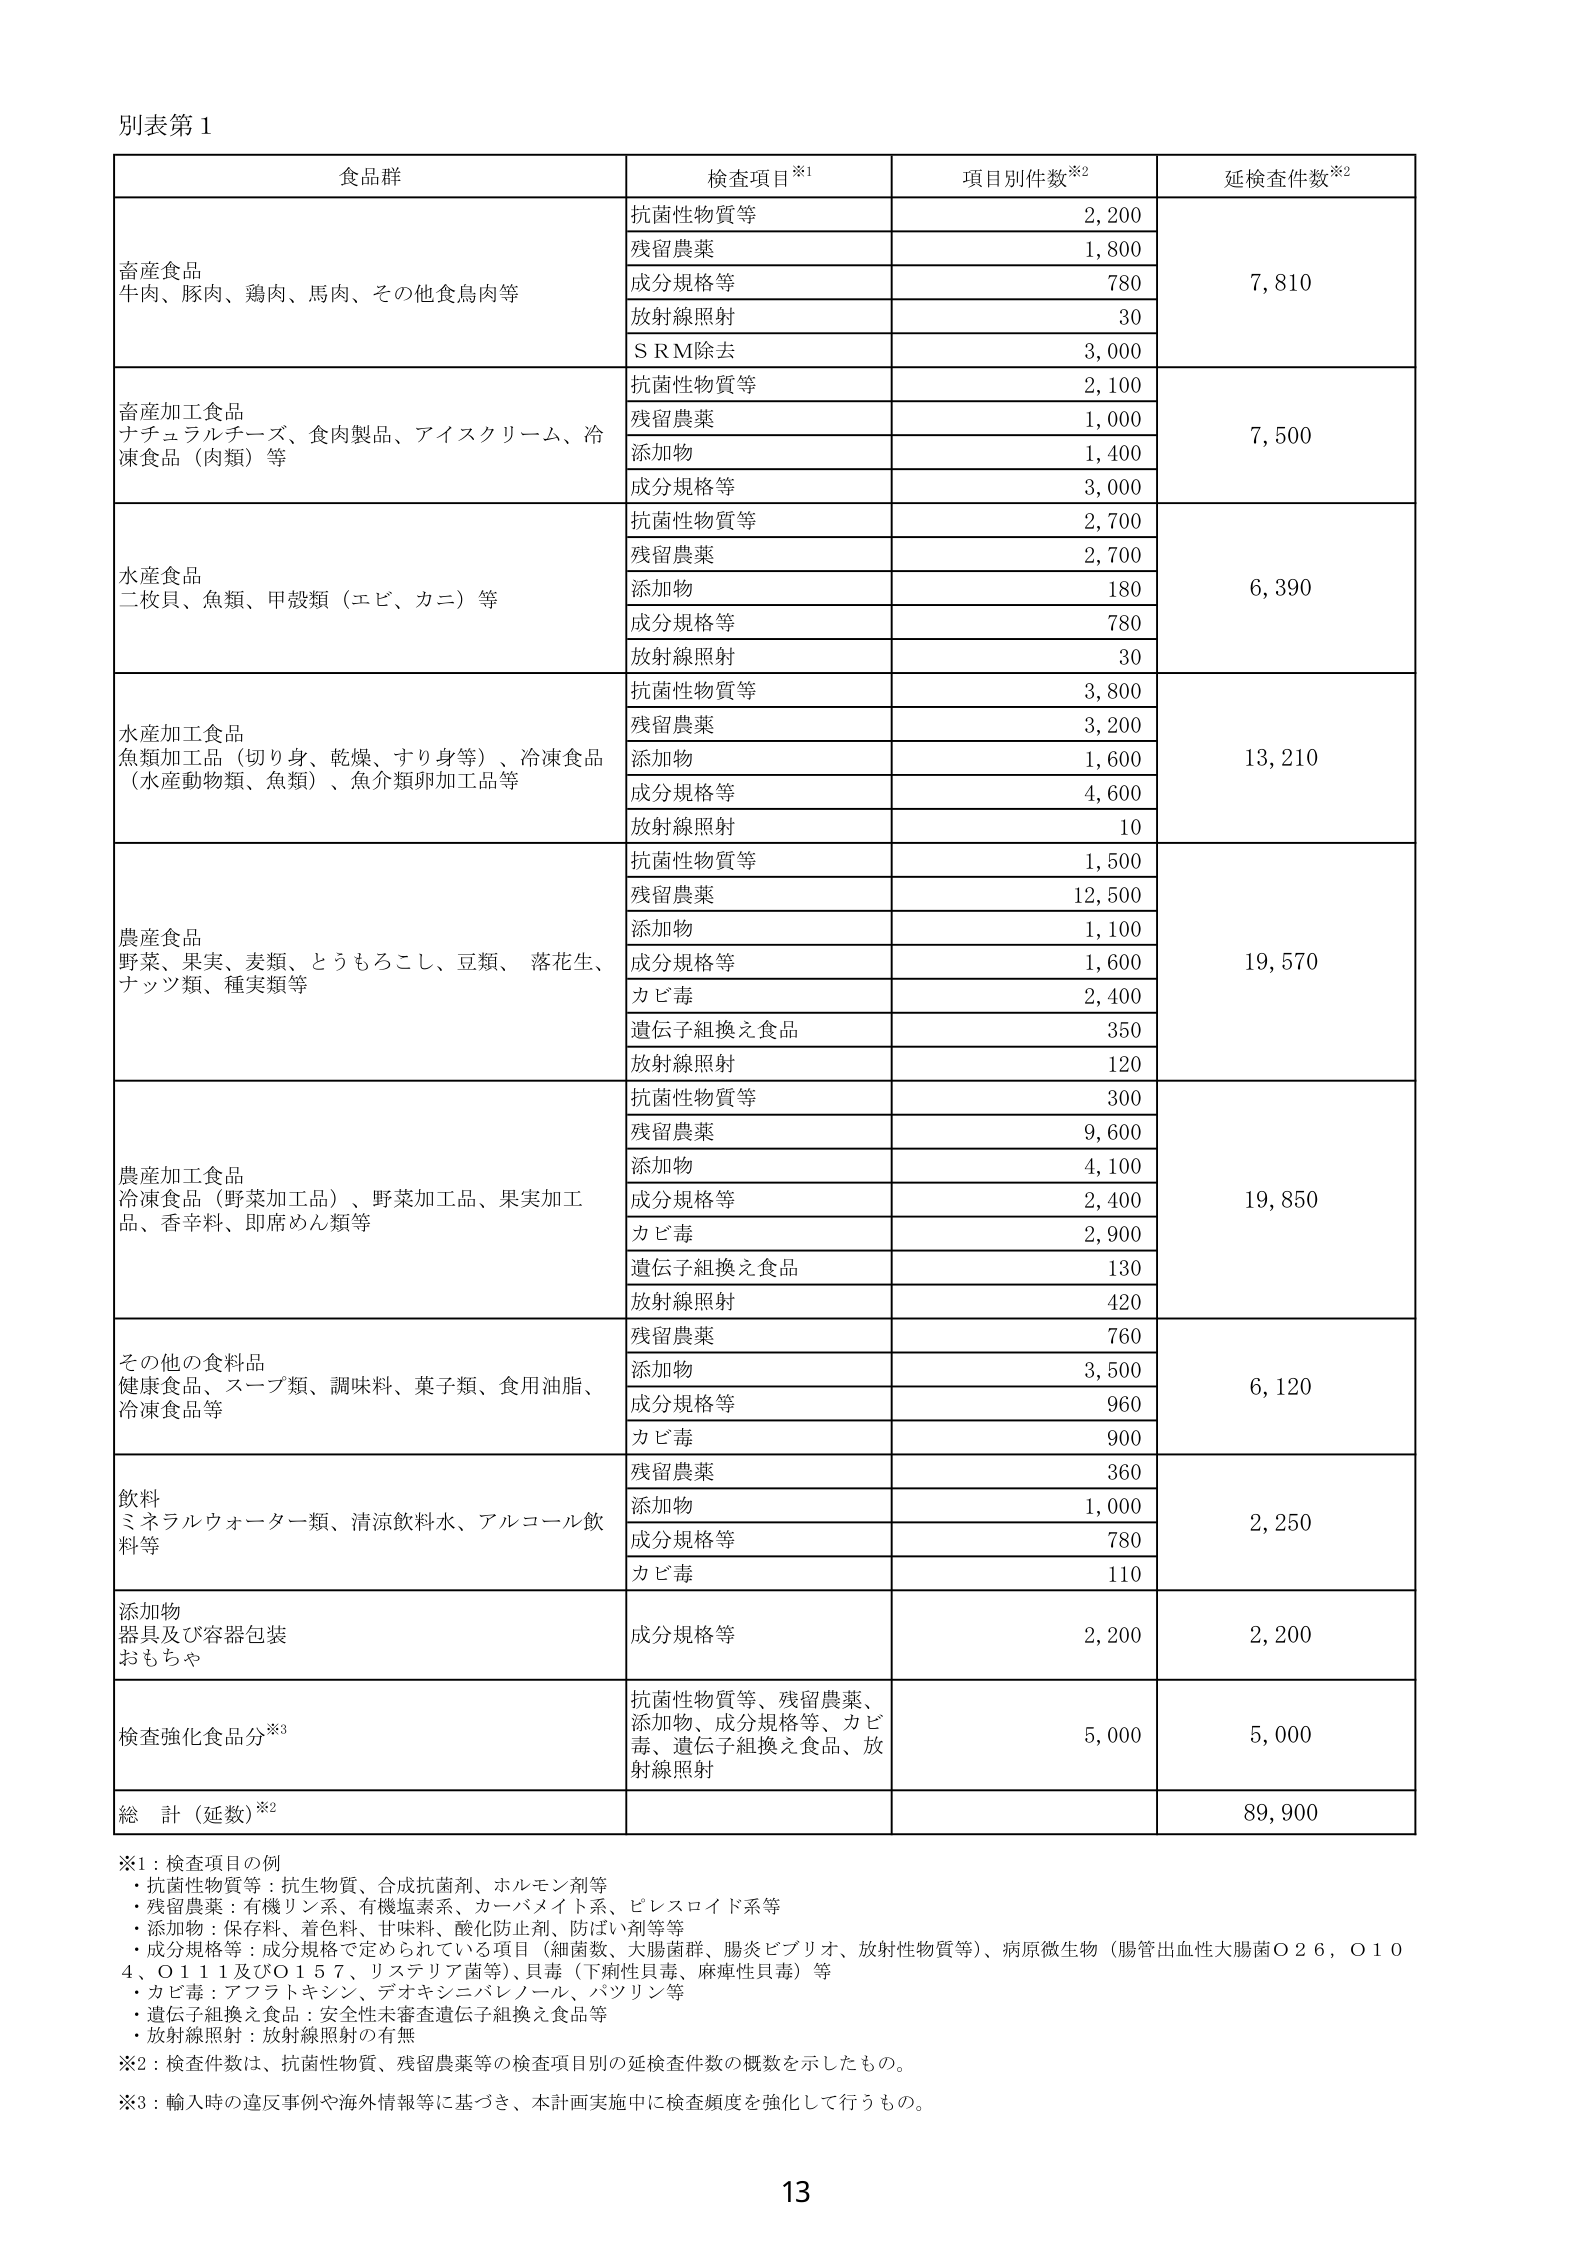
別表第１

食品群　　　　　　　　　　　　　　　　　検査項目※1　　　　　　　　項目別件数※2　　　　　　延検査件数※2

畜産食品　　　　　　　　　　　　　　　抗菌性物質等　　　　　　　　　　2,200　　　　　　　　　　7,810
牛肉、豚肉、鶏肉、馬肉、その他食鳥肉等　残留農薬　　　　　　　　　　　1,800
　　　　　　　　　　　　　　　　　　　成分規格等　　　　　　　　　　　780
　　　　　　　　　　　　　　　　　　　放射線照射　　　　　　　　　　　30
　　　　　　　　　　　　　　　　　　　ＳＲＭ除去　　　　　　　　　　　3,000

畜産加工食品　　　　　　　　　　　　　抗菌性物質等　　　　　　　　　　2,100　　　　　　　　　　7,500
ナチュラルチーズ、食肉製品、アイスクリーム、冷凍食品（肉類）等　残留農薬　　　　　　　　　　　1,000
　　　　　　　　　　　　　　　　　　　添加物　　　　　　　　　　　　　1,400
　　　　　　　　　　　　　　　　　　　成分規格等　　　　　　　　　　　3,000

水産食品　　　　　　　　　　　　　　　抗菌性物質等　　　　　　　　　　2,700　　　　　　　　　　6,390
二枚貝、魚類、甲殻類（エビ、カニ）等　残留農薬　　　　　　　　　　　　2,700
　　　　　　　　　　　　　　　　　　　添加物　　　　　　　　　　　　　180
　　　　　　　　　　　　　　　　　　　成分規格等　　　　　　　　　　　780
　　　　　　　　　　　　　　　　　　　放射線照射　　　　　　　　　　　30

水産加工食品　　　　　　　　　　　　　抗菌性物質等　　　　　　　　　　3,800　　　　　　　　　　13,210
魚類加工品（切り身、乾燥、すり身等）、冷凍食品（水産動物類、魚類）、魚介類卵加工品等　残留農薬　　　　　　　　　　　3,200
　　　　　　　　　　　　　　　　　　　添加物　　　　　　　　　　　　　1,600
　　　　　　　　　　　　　　　　　　　成分規格等　　　　　　　　　　　4,600
　　　　　　　　　　　　　　　　　　　放射線照射　　　　　　　　　　　10

農産食品　　　　　　　　　　　　　　　抗菌性物質等　　　　　　　　　　1,500　　　　　　　　　　19,570
野菜、果実、麦類、とうもろこし、豆類、落花生、ナッツ類、種実類等　残留農薬　　　　　　　　　　　12,500
　　　　　　　　　　　　　　　　　　　添加物　　　　　　　　　　　　　1,100
　　　　　　　　　　　　　　　　　　　成分規格等　　　　　　　　　　　1,600
　　　　　　　　　　　　　　　　　　　カビ毒　　　　　　　　　　　　　2,400
　　　　　　　　　　　　　　　　　　　遺伝子組換え食品　　　　　　　　　350
　　　　　　　　　　　　　　　　　　　放射線照射　　　　　　　　　　　120

農産加工食品　　　　　　　　　　　　　抗菌性物質等　　　　　　　　　　300　　　　　　　　　　19,850
冷凍食品（野菜加工品）、野菜加工品、果実加工品、香辛料、即席めん類等　残留農薬　　　　　　　　　　　9,600
　　　　　　　　　　　　　　　　　　　添加物　　　　　　　　　　　　　4,100
　　　　　　　　　　　　　　　　　　　成分規格等　　　　　　　　　　　2,400
　　　　　　　　　　　　　　　　　　　カビ毒　　　　　　　　　　　　　2,900
　　　　　　　　　　　　　　　　　　　遺伝子組換え食品　　　　　　　　　130
　　　　　　　　　　　　　　　　　　　放射線照射　　　　　　　　　　　420

その他の食料品　　　　　　　　　　　　残留農薬　　　　　　　　　　　　760　　　　　　　　　　6,120
健康食品、スープ類、調味料、菓子類、食用油脂、冷凍食品等　添加物　　　　　　　　　　　　　3,500
　　　　　　　　　　　　　　　　　　　成分規格等　　　　　　　　　　　960
　　　　　　　　　　　　　　　　　　　カビ毒　　　　　　　　　　　　　900

飲料　　　　　　　　　　　　　　　　　残留農薬　　　　　　　　　　　　360　　　　　　　　　　2,250
ミネラルウォーター類、清涼飲料水、アルコール飲料等　添加物　　　　　　　　　　　　　1,000
　　　　　　　　　　　　　　　　　　　成分規格等　　　　　　　　　　　780
　　　　　　　　　　　　　　　　　　　カビ毒　　　　　　　　　　　　　110

添加物　　　　　　　　　　　　　　　　成分規格等　　　　　　　　　　　2,200　　　　　　　　　　2,200
器具及び容器包装
おもちゃ

検査強化食品分※3　　　　　　　　　　抗菌性物質等、残留農薬、添加物、成分規格等、カビ毒、遺伝子組換え食品、放射線照射　　　5,000　　　　　　　　　　5,000

総 計（延数）※2　　　　　　　　　　　　　　　　　　　　　　　　　　　　　　　　　　　　　　　89,900

※1：検査項目の例
・抗菌性物質等：抗生物質、合成抗菌剤、ホルモン剤等
・残留農薬：有機リン系、有機塩素系、カーバメイト系、ピレスロイド系等
・添加物：保存料、着色料、甘味料、酸化防止剤、防ばい剤等
・成分規格等：成分規格で定められている項目（細菌数、大腸菌群、腸炎ビブリオ、放射性物質等）、病原微生物（腸管出血性大腸菌Ｏ２６，Ｏ１０４，Ｏ１１１及びＯ１５７、リステリア菌等）、貝毒（下痢性貝毒、麻痺性貝毒）等
・カビ毒：アフラトキシン、デオキシニバレノール、パツリン等
・遺伝子組換え食品：安全性未審査遺伝子組換え食品等
・放射線照射：放射線照射の有無

※2：検査件数は、抗菌性物質、残留農薬等の検査項目別の延検査件数の概数を示したもの。

※3：輸入時の違反事例や海外情報等に基づき、本計画実施中に検査頻度を強化して行うもの。

13